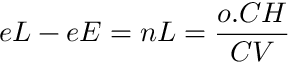
e L - e E = n L = { \frac { o . C H } { C V } }